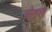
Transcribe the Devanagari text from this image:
त्रोतल